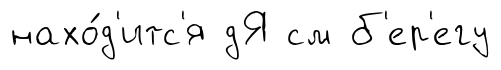
нахо́д'итс'я дЯ см б'ер'егу